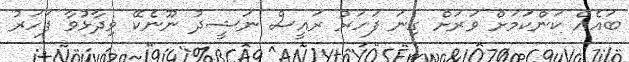
ބައެއް ކަންކަމަށް ވަރަށް ގިނަ ފަހަރު ރައީސް ނަޝީދު ނޫނެކޭ ވިދާޅުވާ ފަހަރު